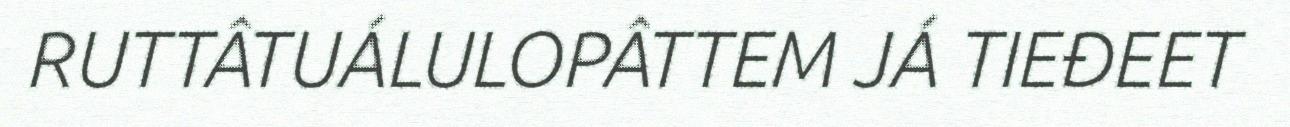
RUTTÂTUÁLULOPÂTTEM JÁ TIEĐEET